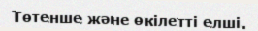
Төтенше және өкілетті елші.